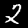
Digit: 2